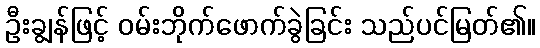
ဦးချွန်ဖြင့် ဝမ်းဘိုက်ဖောက်ခွဲခြင်း သည်ပင်မြတ်၏။